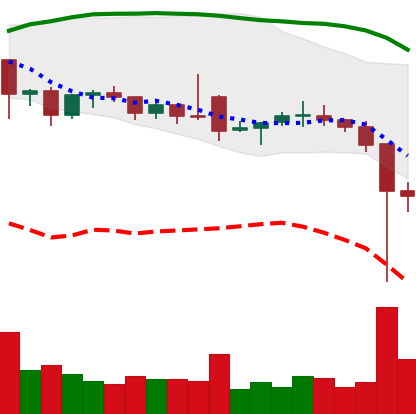
Ticker: ETC-USD
Chart end date: 2021-12-05
Forward return: -6.003%
Label: down_5_7